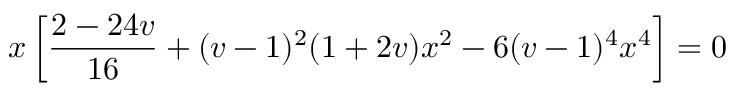
x \left[ \frac { 2 - 2 4 v } { 1 6 } + ( v - 1 ) ^ { 2 } ( 1 + 2 v ) x ^ { 2 } - 6 ( v - 1 ) ^ { 4 } x ^ { 4 } \right] = 0